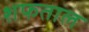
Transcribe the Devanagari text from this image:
शफताल